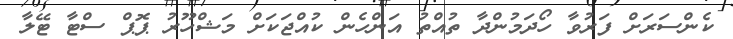
ކެންސަރަށް ފަރުވާ ހޯދަމުންދާ ތުއްތު އަންހެން ކުއްޖަކަށް މަޝްހޫރު ޕޮޕް ސްޓާ ޓޭލާ